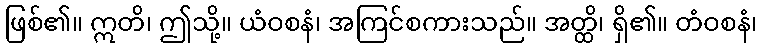
ဖြစ်၏။ ဣတိ၊ ဤသို့။ ယံဝစနံ၊ အကြင်စကားသည်။ အတ္ထိ၊ ရှိ၏။ တံဝစနံ၊